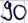
Text: 90